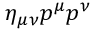
\eta _ { \mu \nu } p ^ { \mu } p ^ { \nu }